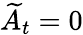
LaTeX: \widetilde{A}_{t}=0